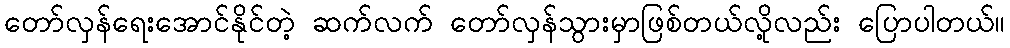
တော်လှန်ရေးအောင်နိုင်တဲ့ ဆက်လက် တော်လှန်သွားမှာဖြစ်တယ်လို့လည်း ပြောပါတယ်။